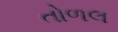
તોળલ